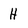
Character: H